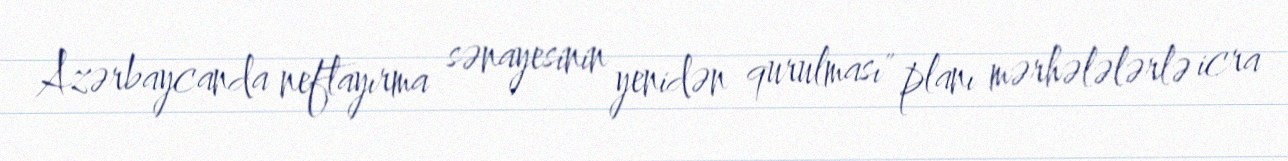
Azərbaycanda neftayırma sənayesinin yenidən qurulması" planı mərhələlərlə icra